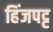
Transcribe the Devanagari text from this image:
हिंजपट्ट